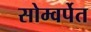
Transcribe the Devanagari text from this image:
सोम्वर्पेत